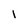
Character: l